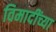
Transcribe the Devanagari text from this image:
विमादींच्या